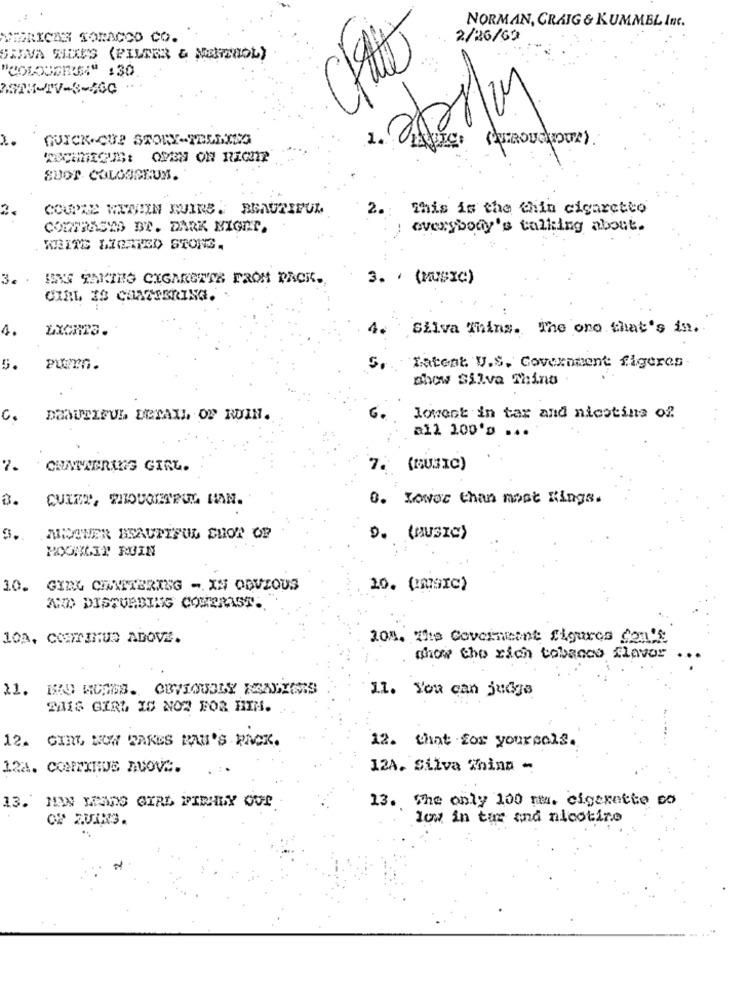
NORMAN, CRAIG & KUMMEL Inc.
HIDRICAS TOBACCO CO. ".
2/26/09
SEINA ELLES (PILIER & METEROL)
QUICK-CUP STORY-TELEXSG
SUOT COLOSSEUM.
3.
COUPLE MINIIN NUIRS. BEAUTIFUL
2.
This is the chiin cigaretto
COMPRASYO BY. DARK NIGHT.
everybody's talking about.
WRITE LIGHTED STONS.
3.
IONS TANTHO CIGARETTE FROM PACK .,
3. · (MUSIC)
CIAL IS COMESBRING.
4.
LIGHTS.
4.
Silva Thins. The ono. that's in ..
5.
Puurn.
Latent. U.S. Government figeres
show Silva Thing
C.
DAAUTIFUL DETAIL OF RUIN.
lowent in tax and nicotina of
CHATTERING GIRL.
7. (MUSIC)
CUINY, THOUGHTFUL HAN.
0. Lower than most Kings.
3 ..
MIWOHER BEAUTIFUL SHOP OF
MOONGIY RUIN
10. GIRL CHAMETERING - XN OBVIOUS
10. (MUSIC)
AND DISTURBING COWERAST.
10A, CONTINUO ABOVE.
108. The Government figures Con's
show the rich tobacco flavor
11. BRO ROSES. OBVIOUSLY FENSTERS
11. You can ju6ja
THIS GIRL IS NOW FOR HIM.
12. GIRL NOW PARES RAU'S PACK.
12. that for yoursals.
124. CONTINUE AUOVA.
12A. Silva Thina -
13. MAN MANO GIRL FIRMLY OUT
13. The only 100 nm. cigarette co
low in tur and nicotine